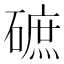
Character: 𱴰